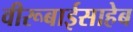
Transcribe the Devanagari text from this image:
वीरूबाईसाहेब